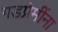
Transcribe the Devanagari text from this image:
गडप्रेमींना